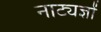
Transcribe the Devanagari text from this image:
नाट्यज्ञों